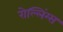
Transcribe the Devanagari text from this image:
रोल्लिंग्स